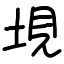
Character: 垷